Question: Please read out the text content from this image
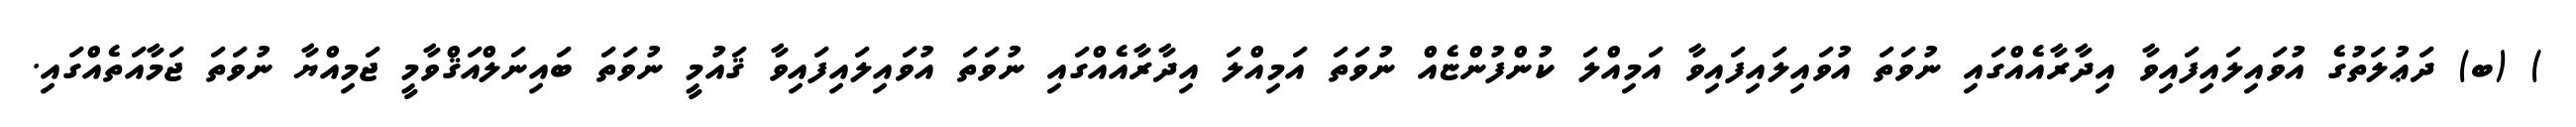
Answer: ) (ބ) ދަޢުލަތުގެ އުވައިލައިފައިވާ އިދާރާއެއްގައި ނުވަތަ އުވައިލައިފައިވާ އަމިއްލަ ކުންފުންޏެއް ނުވަތަ އަމިއްލަ އިދާރާއެއްގައި ނުވަތަ އުވައިލައިފައިވާ ޤައުމީ ނުވަތަ ބައިނަލްއަޤްވާމީ ޖަމިއްޔާ ނުވަތަ ޖަމާއަތެއްގައި.